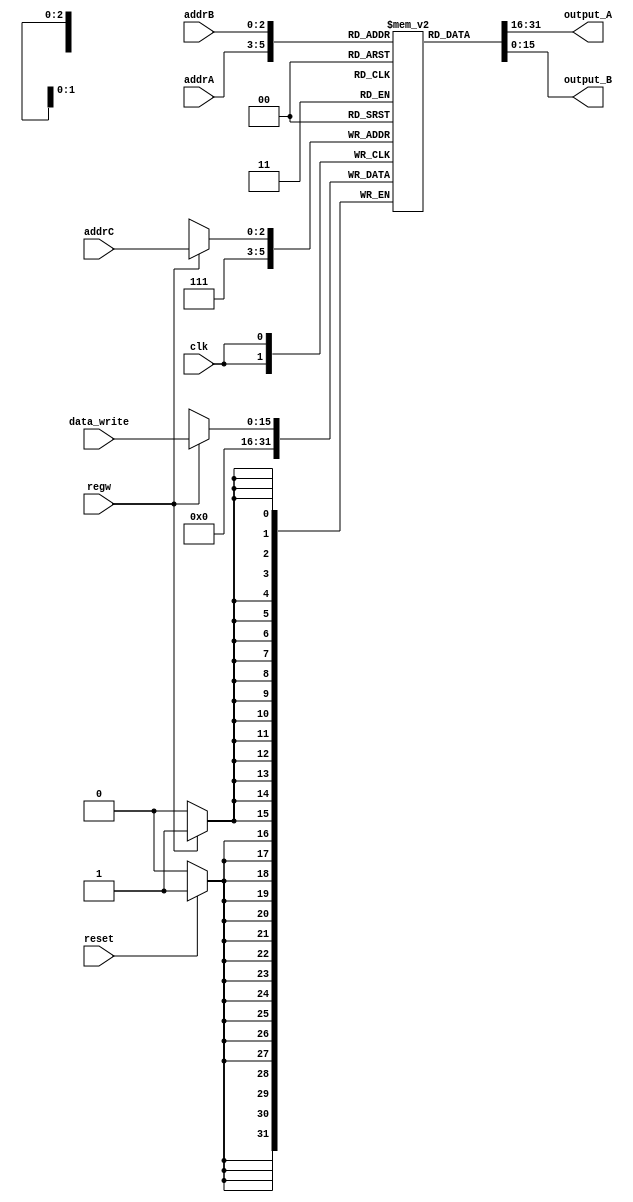
module reg_file(addrA,addrB,addrC,reset,data_write,output_A,output_B,regw,clk);

input [2:0] addrA;
input [2:0] addrB;
input [2:0] addrC;
input [15:0] data_write;
input clk, regw;
input reset;
output [15:0] output_A;
output [15:0] output_B;
reg 	 [15:0] regs_file [7:0];
reg 	 [15:0] output_A;
reg 	 [15:0] output_B;

initial begin
	regs_file [0] <= 16'd0;
	regs_file [1] <= 16'd0;
	regs_file [2] <= 16'd0;//16'b1100_001_010_000001;
	regs_file [3] <= 16'd0;
	regs_file [4] <= 16'h0;
	regs_file [5] <= 16'd0;//r1+4
	regs_file [6] <= 16'd0;
	regs_file [7] <= 16'd0;
end

always @(*)
begin
	output_A <= regs_file[addrA];
	output_B <= regs_file[addrB];
end
	
always @(posedge clk)
begin
	if (regw)
	regs_file[addrC] <= data_write;
	if (reset)
	regs_file[7]     <= 16'd0;
end	

endmodule